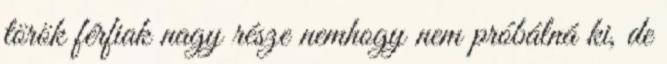
török férfiak nagy része nemhogy nem próbálná ki, de